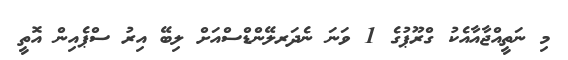
މި ނަތީއްޖާއާއެކު ގްރޫޕުގެ 1 ވަނަ ނެދަރލޭންޑްސްއަށް ލިބޭ އިރު ސްޕެއިން އޮތީ